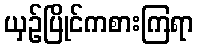
ယှဉ်ပြိုင်ကစားကြရာ